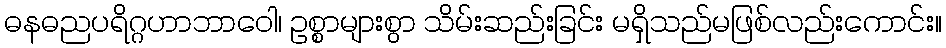
ဓနဓညပရိဂ္ဂဟာဘာဝေါ၊ ဥစ္စာများစွာ သိမ်းဆည်းခြင်း မရှိသည်မဖြစ်လည်းကောင်း။